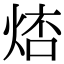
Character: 𤉮